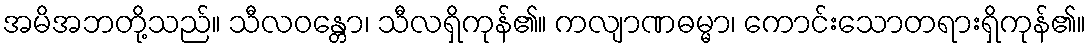
အမိအဘတို့သည်။ သီလဝန္တော၊ သီလရှိကုန်၏။ ကလျာဏဓမ္မာ၊ ကောင်းသောတရားရှိကုန်၏။